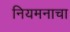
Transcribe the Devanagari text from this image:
नियमनाचा